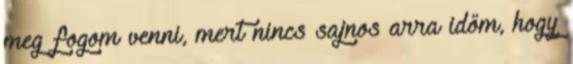
meg fogom venni, mert nincs sajnos arra időm, hogy